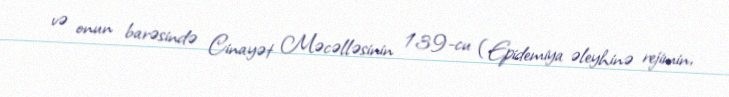
və onun barəsində Cinayət Məcəlləsinin 139-cu (Epidemiya əleyhinə rejimin,